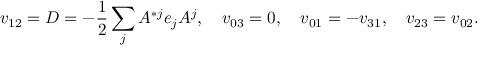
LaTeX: v _ { 1 2 } = D = - { \frac { 1 } { 2 } } \sum _ { j } A ^ { * j } e _ { j } A ^ { j } , \quad v _ { 0 3 } = 0 , \quad v _ { 0 1 } = - v _ { 3 1 } , \quad v _ { 2 3 } = v _ { 0 2 } .